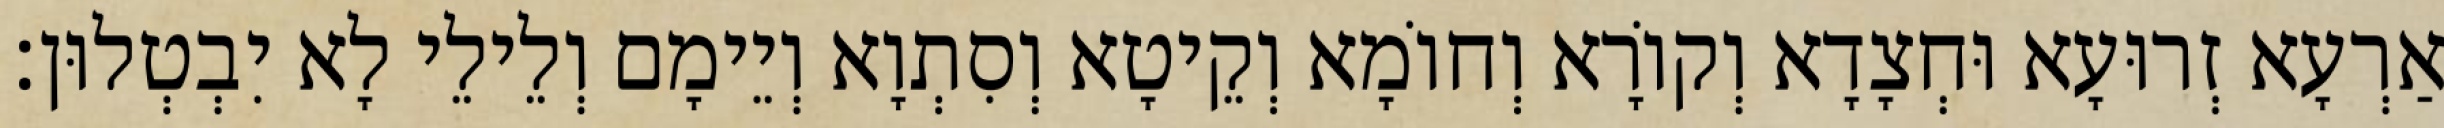
אַרְעָא זְרוּעָא וּחְצָדָא וְקוֹרָא וְחוֹמָא וְקֵיטָא וְסִתְוָא וְיֵימָם וְלֵילֵי לָא יִבְטְלוּן׃